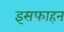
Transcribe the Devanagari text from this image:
इसफाहन